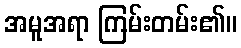
အမူအရာ ကြမ်းတမ်း၏။